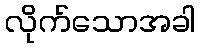
လိုက်သောအခါ